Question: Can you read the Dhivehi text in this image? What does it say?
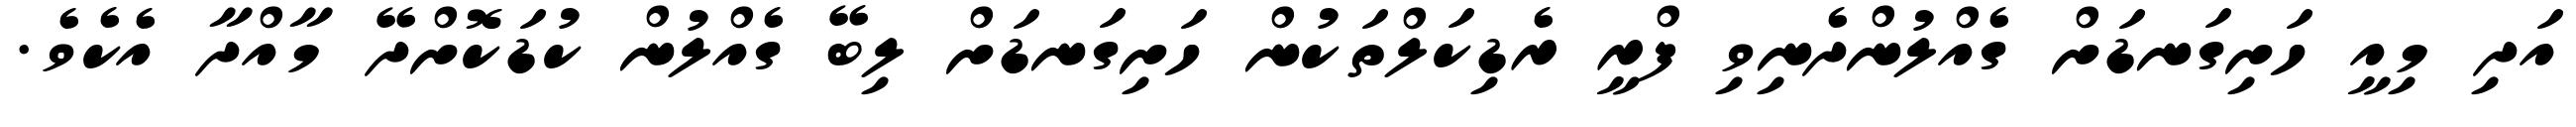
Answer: އަދި މިއީ ހަށިގަނޑަށް ގެއްލުންދެނިވި ފްރީ ރެޑިކަލްތަކުން ހަށިގަނޑަށް ލިބޭ ގެއްލުން ކުޑަކޮށްދޭ މާއްދާ އެކެވެ.